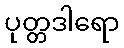
ပုတ္တဒါရော